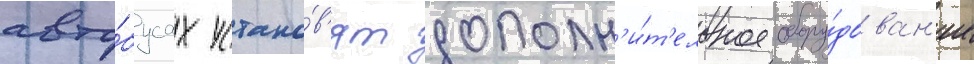
авто́бусах устано́в'ят дополн'и́т'ельное обору́дован'ие